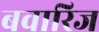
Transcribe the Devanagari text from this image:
बवारिज